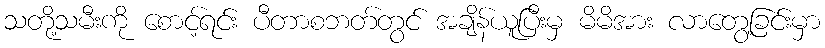
သတို့သမီးကို စောင့်ရင်း ပီတာစဘတ်တွင် အချိန်ယူပြီးမှ မိမိအား လာတွေ့ခြင်းမှာ